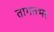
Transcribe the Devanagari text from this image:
तागतभर